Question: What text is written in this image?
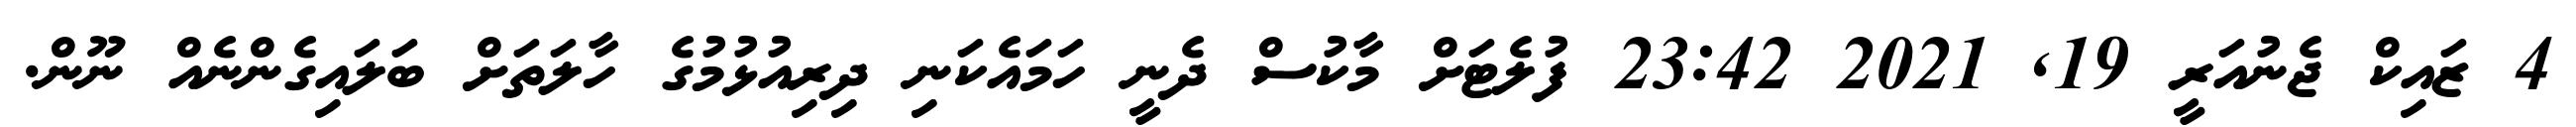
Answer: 4 ޒައިކް ޖެނުއަރީ 19, 2021 23:42 ފުލެޓަށް މާކުސް ދެނީ ހަމައެކަނި ދިރިއުޅުމުގެ ހާލަތަށް ބަލައިގެންނެއް ނޫން.